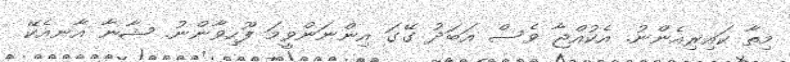
މިތާ ކައިރިއެންނު. އެކުއްޖާ ވެސް އަބަދު ގޭގަ އިންނަންވީމަ ފޫހިވާންނު. ޝާނާ އާނއެކޭ